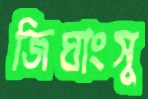
জিঘাংসু